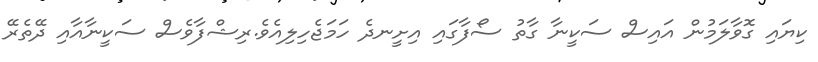
ކިޔައި ގޮވާލަމުން އައިސް ސަކީނާ ގާތު ސޯފާގައި އިށީނދެ ހަމަޖެހިލިއެވެ.ރިޝްފާވެސް ސަކީނާއާއި ދޭތެރޭ